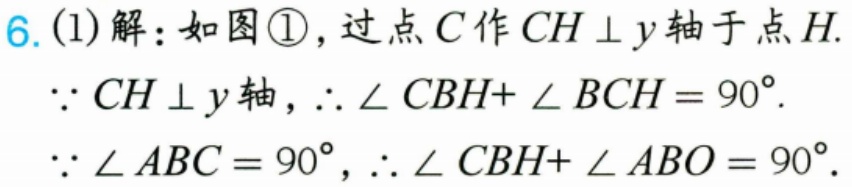
6.(1)解：如图\textcircled{1}，过点\(C\)作\(CH\perp y\)轴于点\(H\).
\(\because CH\perp y\)轴，\(\therefore \angle CBH + \angle BCH = 90^{\circ}\).
\(\because \angle ABC = 90^{\circ}\)，\(\therefore \angle CBH + \angle ABO = 90^{\circ}\).